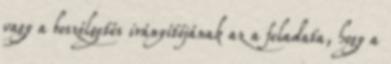
vagy a beszélgetés irányítójának az a feladata, hogy a